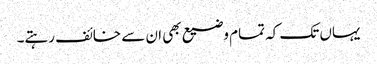
یہاں تک کہ تمام وضیع بھی ان سے خائف رہتے۔